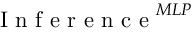
\mathrm { ~ I ~ n ~ f ~ e ~ r ~ e ~ n ~ c ~ e ~ } ^ { M L P }